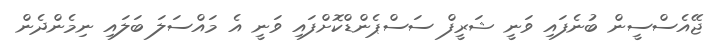
ޖޭއެސްސީން ބުނެފައި ވަނީ ޝަރީފް ސަސްޕެންޑްކޮށްފައި ވަނީ އެ މައްސަލަ ބަލައި ނިމެންދެން